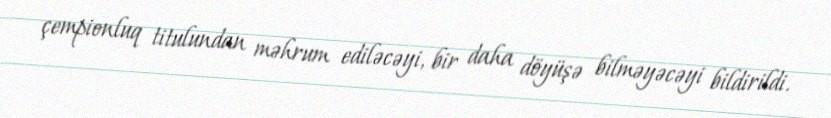
çempionluq titulundan məhrum ediləcəyi, bir daha döyüşə bilməyəcəyi bildirildi.